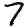
Digit: 7